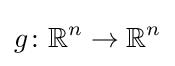
g\colon \mathbb {R} ^{n}\to \mathbb {R} ^{n}